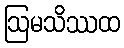
ဩမသိဿထ